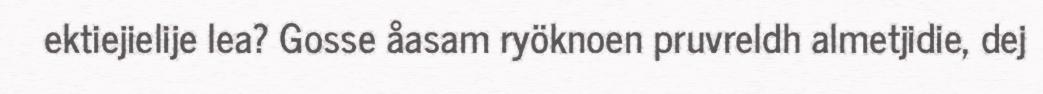
ektiejielije lea? Gosse åasam ryöknoen pruvreldh almetjidie, dej